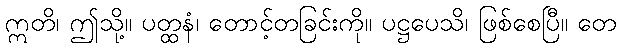
ဣတိ၊ ဤသို့။ ပတ္ထနံ၊ တောင့်တခြင်းကို။ ပဋ္ဌပေသိ၊ ဖြစ်စေပြီ။ တေ